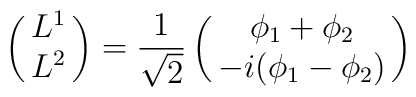
\begin{pmatrix}{L^1\cr L^2\cr}\end{pmatrix}=\frac{1}{\sqrt{2}}\begin{pmatrix}{\phi_1+\phi_2\cr-i(\phi_1-\phi_2)\cr}\end{pmatrix}